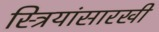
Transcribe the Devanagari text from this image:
स्त्रियांसारखी